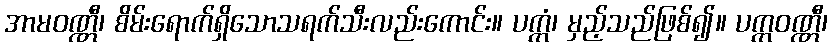
အာမဝဏ္ဏီ၊ စိမ်းရောက်ရှိသောသရက်သီးလည်းကောင်း။ ပက္ကံ၊ မှည့်သည်ဖြစ်၍။ ပက္ကဝဏ္ဏီ၊